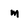
Character: m